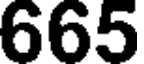
665